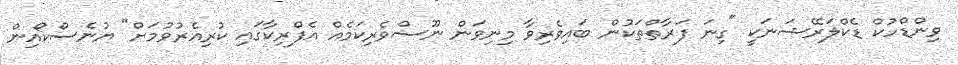
ވިންޑްހުކް ޑެކްލަރޭޝަނަކީ "ގިނަ ފަރާތްތަކުން ބައިވެރިވާ މިނިވަން ނޫސްވެރިކަމެއް އެފްރިކާގައި ކުރިއެރުވުމަށް" ޔުނެސްކޯއިން